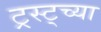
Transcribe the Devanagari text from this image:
ट्रस्ट्च्या